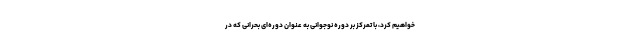
خواهیم کرد، با تمرکز بر دوره نوجوانی به عنوان دوره‌ای بحرانی که در